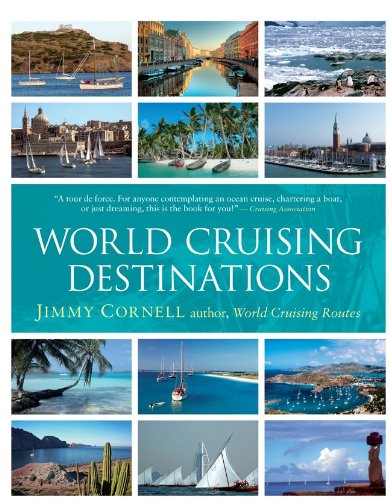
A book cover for World Cruising Destinations; Jimmy Cornell; Sports & Outdoors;